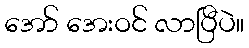
အော် အေးဝင် လာပြီပဲ။